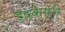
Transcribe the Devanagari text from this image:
इंद्रकेसरी